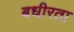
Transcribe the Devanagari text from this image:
बधीरता